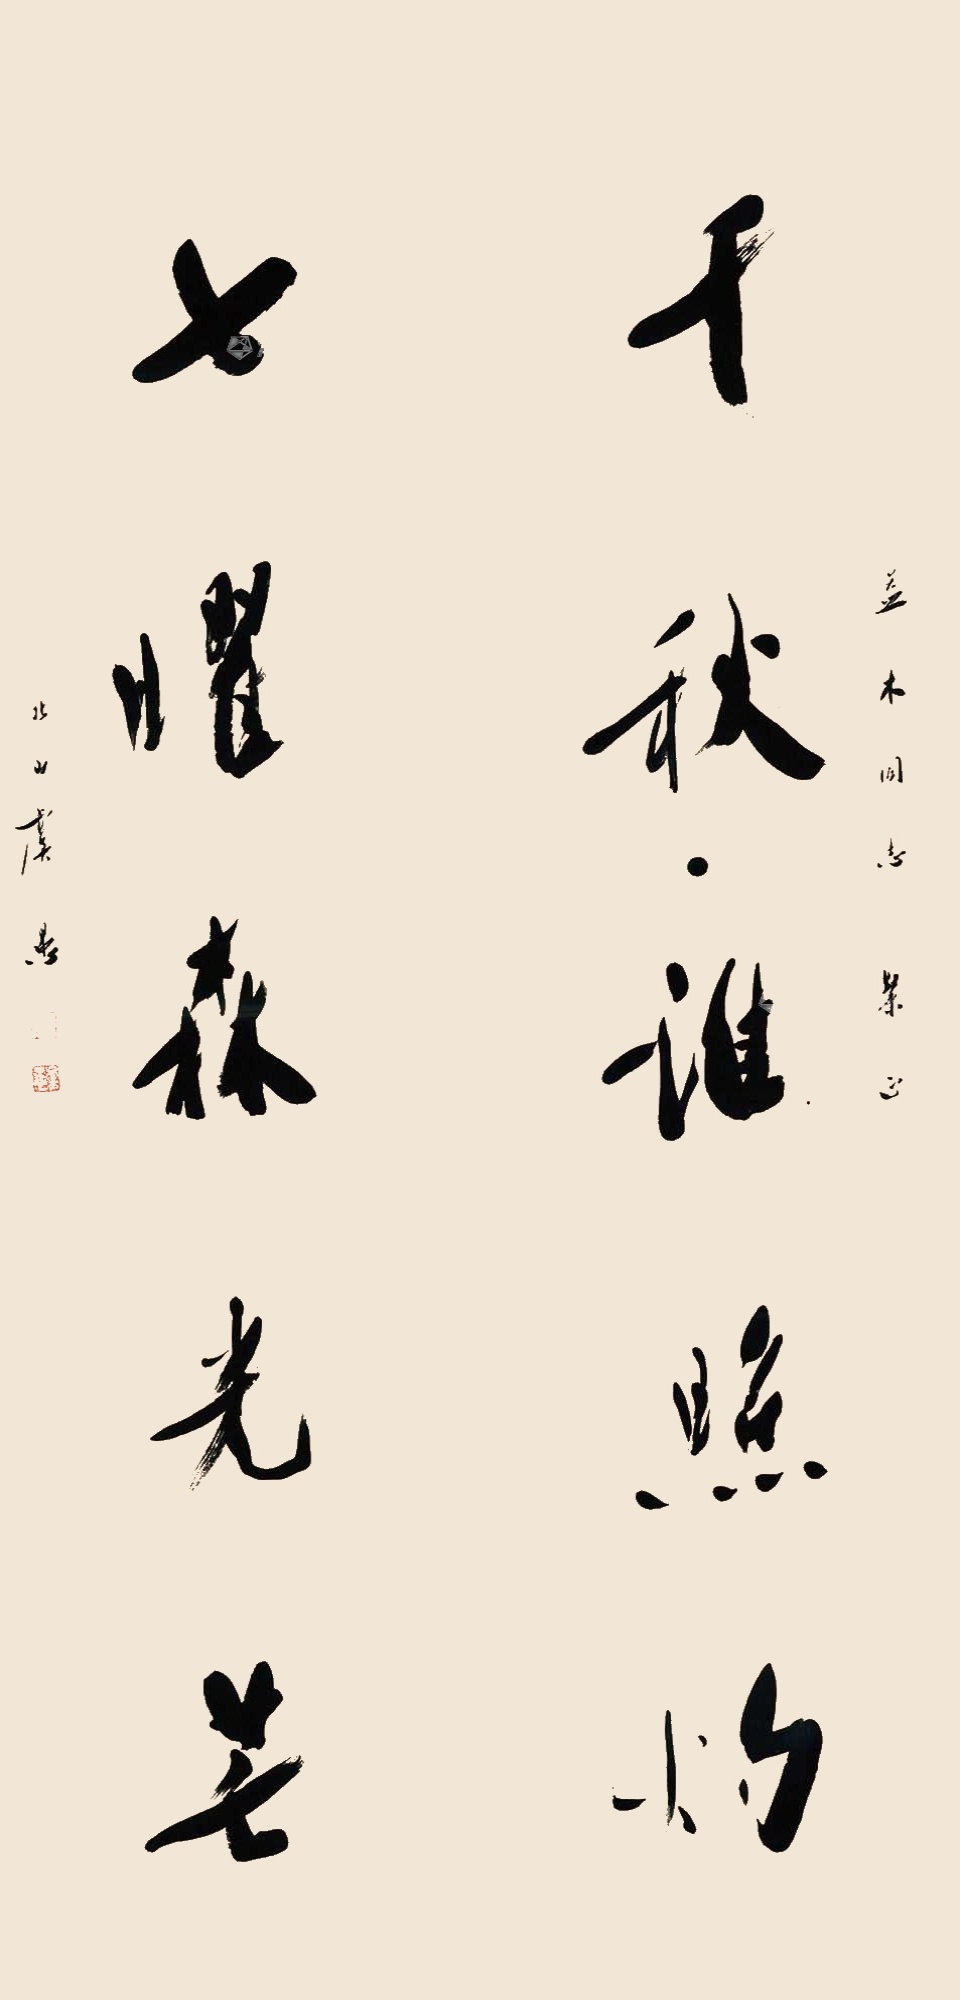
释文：千秋谁照灼，七曜森光芒。益木同志粲正，北山虞愚。